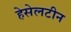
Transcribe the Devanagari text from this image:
हेसेलटीन